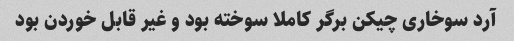
آرد سوخاری چیکن برگر کاملا سوخته بود و غیر قابل خوردن بود